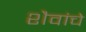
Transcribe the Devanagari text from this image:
शैवांचे